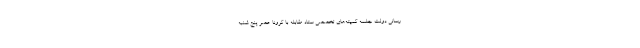
رسانی دولت جلسه کمیته‌های تخصصی ستاد مقابله با کرونا عصر پنج شنبه